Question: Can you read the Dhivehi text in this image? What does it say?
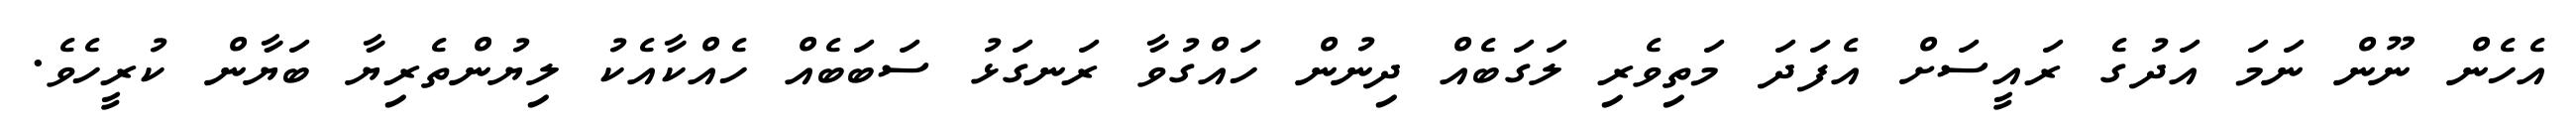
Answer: އެހެން ނޫން ނަމަ އަދުގެ ރައީސަށް އެފަދަ މަތިވެރި ލަގަބެއް ދިނުން ހައްގުވާ ރަނގަޅު ސަބަބެއް ހެއްކާއެކު ލިޔުންތެރިޔާ ބަޔާން ކުރީހެވެ.